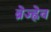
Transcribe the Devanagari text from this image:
ब्रेज्ह्नेव